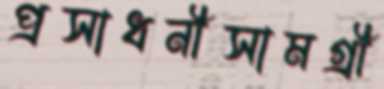
প্রসাধনীসামগ্রী